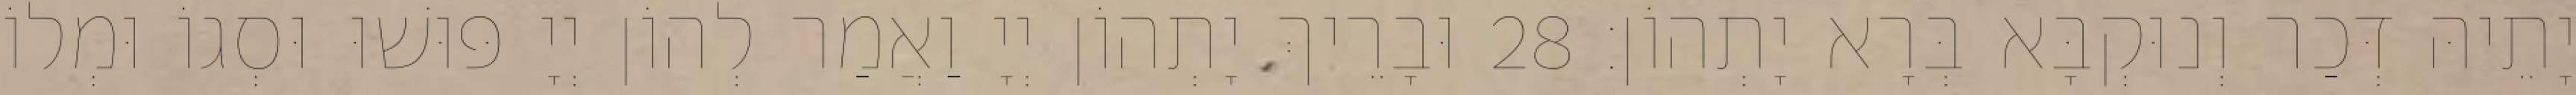
יָתֵיהּ דְּכַר וְנוּקְבָּא בְּרָא יָתְהוֹן׃ 28 וּבָרֵיךְ יָתְהוֹן יְיָ וַאֲמַר לְהוֹן יְיָ פּוּשׁוּ וּסְגוֹ וּמְלוֹ